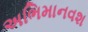
અભિમાનવશ